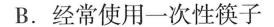
B.经常使用一次性筷子